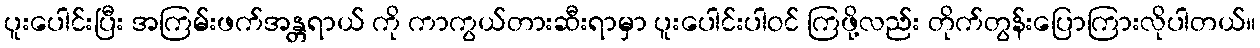
ပူးပေါင်းပြီး အကြမ်းဖက်အန္တရာယ် ကို ကာကွယ်တားဆီးရာမှာ ပူးပေါင်းပါဝင် ကြဖို့လည်း တိုက်တွန်းပြောကြားလိုပါတယ်။